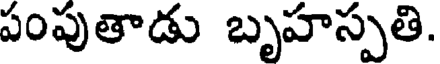
పంపుతాడు బృహస్పతి.